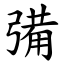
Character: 㣁